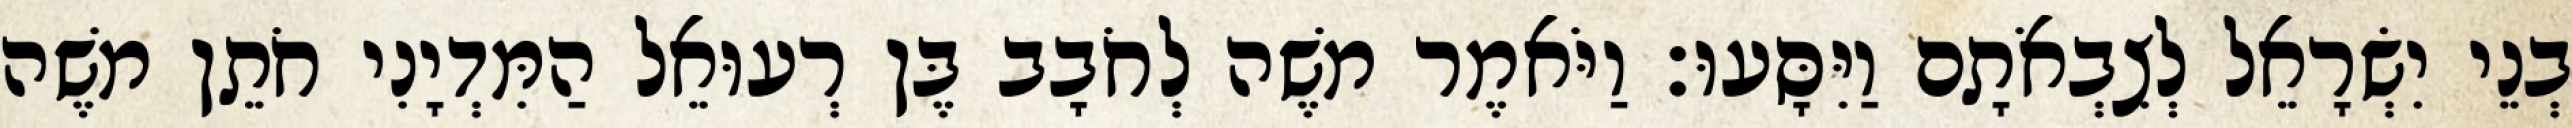
בְנֵי יִשְׂרָאֵל לְצִבְאֹתָם וַיִּסָּעוּ׃ וַיֹּאמֶר משֶׁה לְחֹבָב בֶּן רְעוּאֵל הַמִּדְיָנִי חֹתֵן משֶׁה